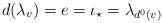
LaTeX: \begin{align*}d(\lambda_v) = e = \iota_{\star} = \lambda_{d^0(v)} \end{align*}